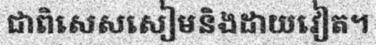
ជាពិសេសសៀមនិងដាយវៀត។